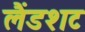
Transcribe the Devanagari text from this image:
लैंडशट